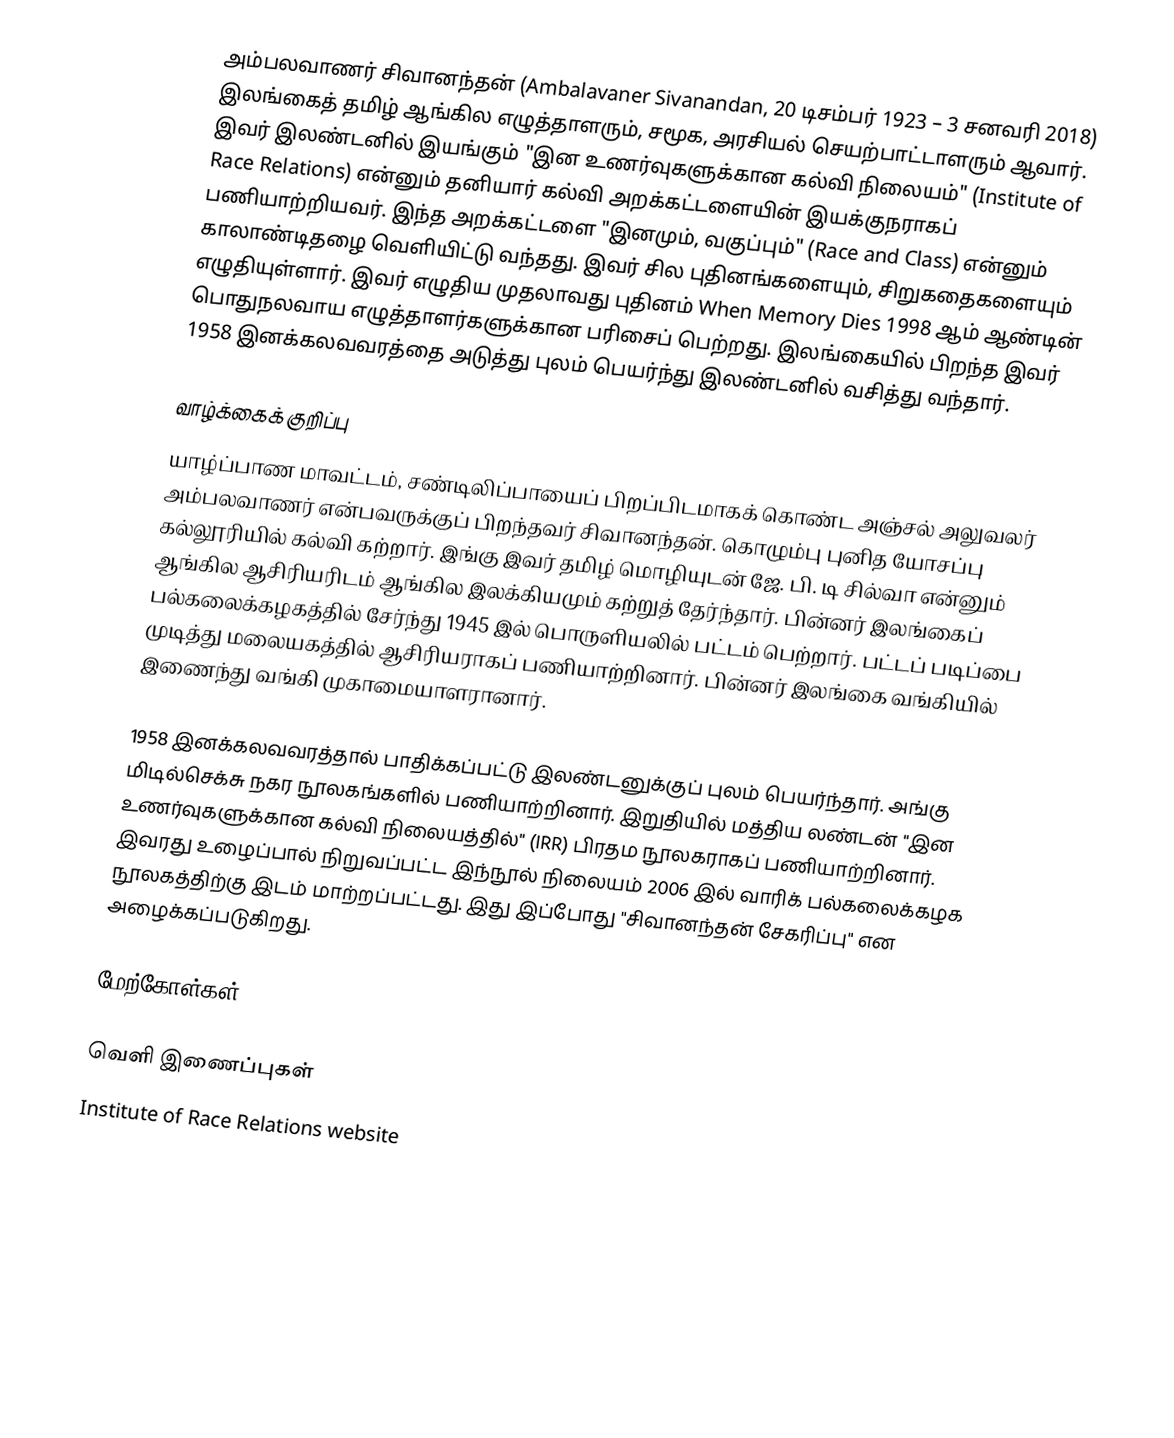
அம்பலவாணர் சிவானந்தன் (Ambalavaner Sivanandan, 20 டிசம்பர் 1923 – 3 சனவரி 2018) இலங்கைத் தமிழ் ஆங்கில எழுத்தாளரும், சமூக, அரசியல் செயற்பாட்டாளரும் ஆவார். இவர் இலண்டனில் இயங்கும் "இன உணர்வுகளுக்கான கல்வி நிலையம்" (Institute of Race Relations) என்னும் தனியார் கல்வி அறக்கட்டளையின் இயக்குநராகப் பணியாற்றியவர். இந்த அறக்கட்டளை "இனமும், வகுப்பும்" (Race and Class) என்னும் காலாண்டிதழை வெளியிட்டு வந்தது. இவர் சில புதினங்களையும், சிறுகதைகளையும் எழுதியுள்ளார். இவர் எழுதிய முதலாவது புதினம் When Memory Dies 1998 ஆம் ஆண்டின் பொதுநலவாய எழுத்தாளர்களுக்கான பரிசைப் பெற்றது. இலங்கையில் பிறந்த இவர் 1958 இனக்கலவவரத்தை அடுத்து புலம் பெயர்ந்து இலண்டனில் வசித்து வந்தார்.

வாழ்க்கைக் குறிப்பு
யாழ்ப்பாண மாவட்டம், சண்டிலிப்பாயைப் பிறப்பிடமாகக் கொண்ட அஞ்சல் அலுவலர் அம்பலவாணர் என்பவருக்குப் பிறந்தவர் சிவானந்தன். கொழும்பு புனித யோசப்பு கல்லூரியில் கல்வி கற்றார். இங்கு இவர் தமிழ் மொழியுடன் ஜே. பி. டி சில்வா என்னும் ஆங்கில ஆசிரியரிடம் ஆங்கில இலக்கியமும் கற்றுத் தேர்ந்தார். பின்னர் இலங்கைப் பல்கலைக்கழகத்தில் சேர்ந்து 1945 இல் பொருளியலில் பட்டம் பெற்றார். பட்டப் படிப்பை முடித்து மலையகத்தில் ஆசிரியராகப் பணியாற்றினார். பின்னர் இலங்கை வங்கியில் இணைந்து வங்கி முகாமையாளரானார்.

1958 இனக்கலவவரத்தால் பாதிக்கப்பட்டு இலண்டனுக்குப் புலம் பெயர்ந்தார். அங்கு மிடில்செக்சு நகர நூலகங்களில் பணியாற்றினார். இறுதியில் மத்திய லண்டன் "இன உணர்வுகளுக்கான கல்வி நிலையத்தில்" (IRR) பிரதம நூலகராகப் பணியாற்றினார். இவரது உழைப்பால் நிறுவப்பட்ட இந்நூல் நிலையம் 2006 இல் வாரிக் பல்கலைக்கழக நூலகத்திற்கு இடம் மாற்றப்பட்டது. இது இப்போது "சிவானந்தன் சேகரிப்பு" என அழைக்கப்படுகிறது.

மேற்கோள்கள்

வெளி இணைப்புகள்
 Institute of Race Relations website
 Race & Class, Sage journals
 "Interview with local activist", For Birmingham Black History Month, Raj Pal, 21 September 2000.
 Louis Kushnick and Paul Grant, "Catching History on the Wing: A Sivanandan as Activist, Teacher, and Rebel", in Against the Odds: Scholars who Challenged Racism in the Twentieth Century, eds. Benjamin P. Bowser and Louis Kushnick, University of Massachusetts Press